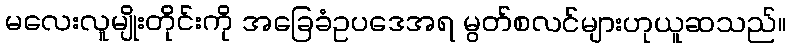
မလေးလူမျိုးတိုင်းကို အခြေခံဥပဒေအရ မွတ်စလင်များဟုယူဆသည်။